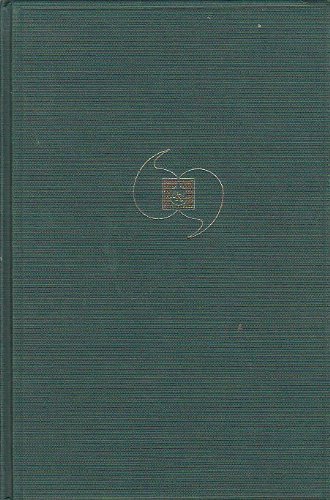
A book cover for The Molecular Virology and Epidemiology of Influenza; Charles Stuart-Harris; Medical Books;